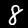
Digit: 8